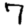
Digit: 7